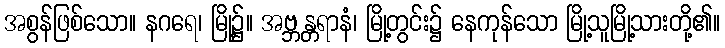
အစွန်ဖြစ်သော။ နဂရေ၊ မြို့၌။ အဗ္ဘန္တရာနံ၊ မြို့တွင်း၌ နေကုန်သော မြို့သူမြို့သားတို့၏။